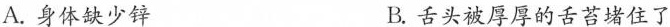
A. 身体缺少锌 B. 舌头被厚厚的舌苔堵住了